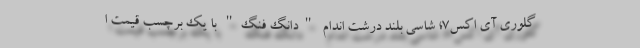
گلوری آی اکس7؛ شاسی بلند درشت اندام "دانگ فنگ" با یک برچسب قیمت ا